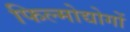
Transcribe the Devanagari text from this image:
फिल्मोद्योगों